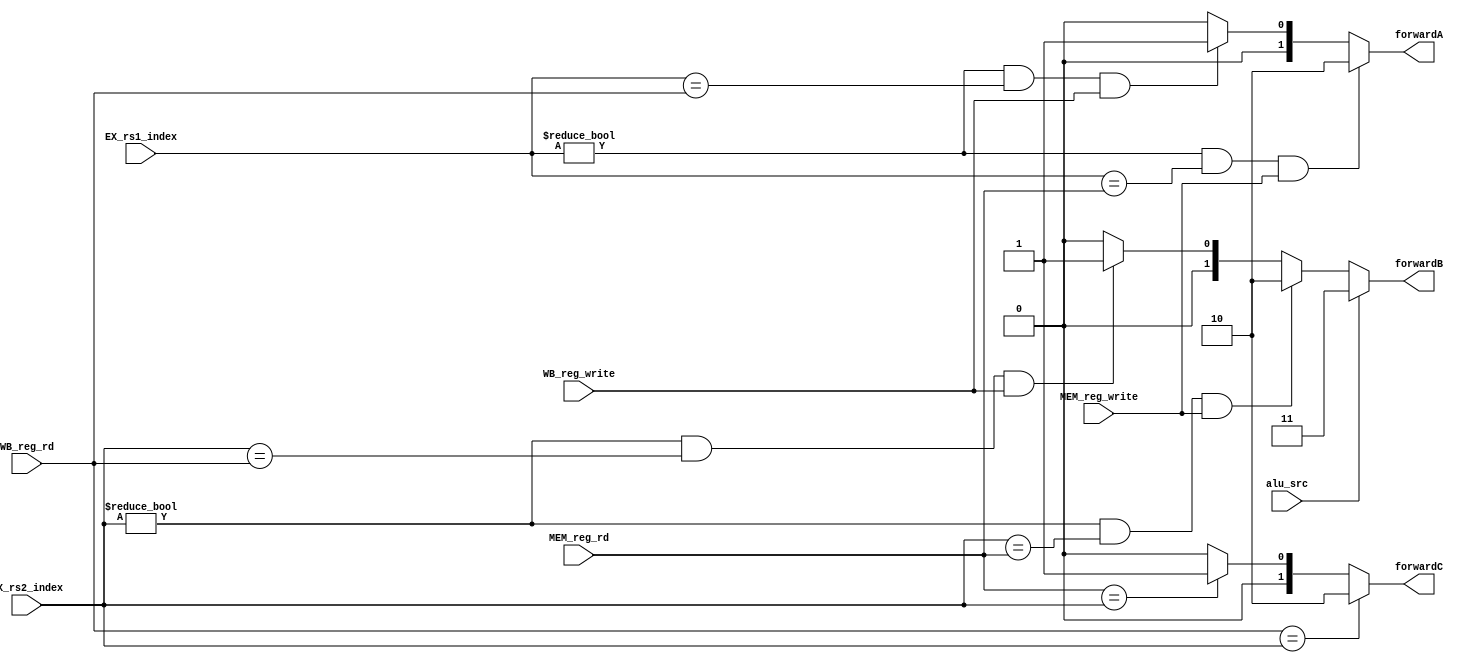
module ForwardingUnit(
    input [4:0] EX_rs1_index,
    input [4:0] EX_rs2_index,
    input [4:0] MEM_reg_rd,
    input [4:0] WB_reg_rd,
    input MEM_reg_write,
    input WB_reg_write,
    input alu_src,
    output reg [1:0] forwardA,
    output reg [1:0] forwardB,
    output reg [1:0] forwardC
    );

    always @(*) begin
        if ((EX_rs1_index != 0) && (EX_rs1_index == MEM_reg_rd) && MEM_reg_write) 
            forwardA = 2; // ALU result
        else if ((EX_rs1_index != 0) && (EX_rs1_index == WB_reg_rd) && WB_reg_write) 
            forwardA = 1; // MEM result
        else
            forwardA = 0; // Register value
        
        if (alu_src == 1) 
            forwardB = 3; // Immediate value
        else if ((EX_rs2_index != 0) && (EX_rs2_index == MEM_reg_rd) && MEM_reg_write) 
            forwardB = 2; // ALU result
        else if ((EX_rs2_index != 0) && (EX_rs2_index == WB_reg_rd) && WB_reg_write) 
            forwardB = 1; // MEM result
        else
            forwardB = 0; // Register value

        
        if(WB_reg_rd == EX_rs2_index) // lw -> sw
            forwardC = 2;
        else if (MEM_reg_rd == EX_rs2_index) // R-type -> sw
            forwardC = 1;
        else
            forwardC = 0;
    end 

endmodule